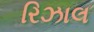
રિઝાલ